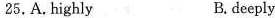
25.A.highly B.deeply